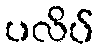
ပလိပ်